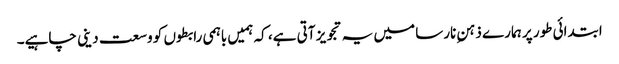
ابتدائی طور پر ہمارے ذہنِ نارسا میں یہ تجویز آتی ہے، کہ ہمیں باہمی رابطوں کو وسعت دینی چاہیے۔